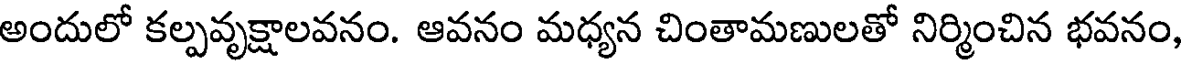
అందులో కల్పవృక్షాలవనం. ఆవనం మధ్యన చింతామణులతో నిర్మించిన భవనం,